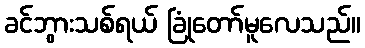
ခင်ဘွားသစ်ရယ် ခြုံတော်မူလေသည်။